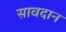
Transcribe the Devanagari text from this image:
सावदान